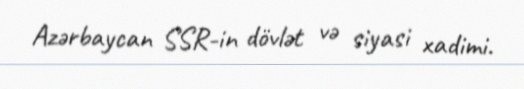
Azərbaycan SSR-in dövlət və siyasi xadimi.